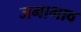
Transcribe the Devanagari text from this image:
जनाभाव